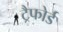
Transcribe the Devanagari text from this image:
ट्रैफोर्ड